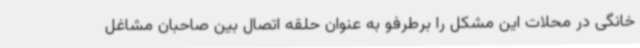
خانگی در محلات این مشکل را برطرفو به عنوان حلقه اتصال بین صاحبان مشاغل